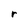
Character: r